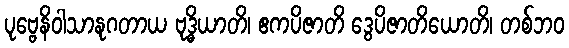
ပုဗ္ဗေနိဝါသာနုဂတာယ ဗုဒ္ဓိယာတိ၊ ဧကပိဇာတိ ဒွေပိဇာတိယောတိ၊ တစ်ဘဝ